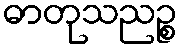
ဓာတုသညဉ္စ